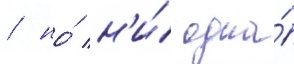
/ но́ н'и́ одна́